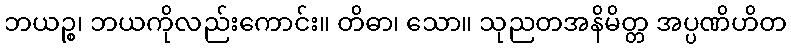
ဘယဉ္စ၊ ဘယကိုလည်းကောင်း။ တိဓာ၊ သော။ သုညတအနိမိတ္တ အပ္ပဏိဟိတ